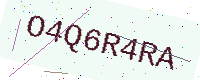
Text: O4Q6R4RA